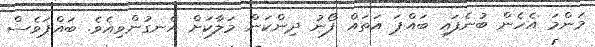
މަންމަ އެހެން ބުނެފައި ބައްޕަ އަތައް ފޯނު ދިންކަން މަލާކަށް އެނގުންވިއެވެ. ބައްޕަވެސް